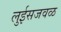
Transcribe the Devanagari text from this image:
लुईसजवळ